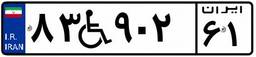
۸۳W۹۰۲۶۱